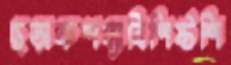
ছড়াকশয্যাবিশিষ্টশি